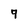
Character: 9